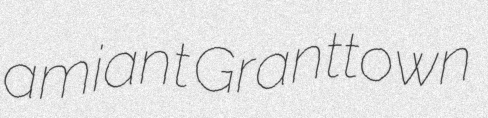
amiant Granttown